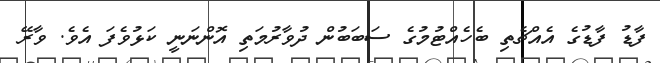
ފާޑު ފާޑުގެ އެއްޗެތި ބެހެއްޓުމުގެ ސަބަބުން ދުވާރުމަތި އޮންނަނީ ކަޅުވެފަ އެވެ. ވާރޭ